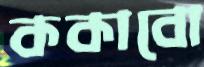
ককাবো